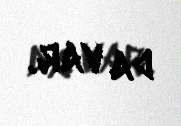
da var.